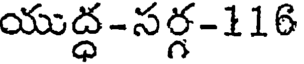
యుద్ధ-సర్గ-116